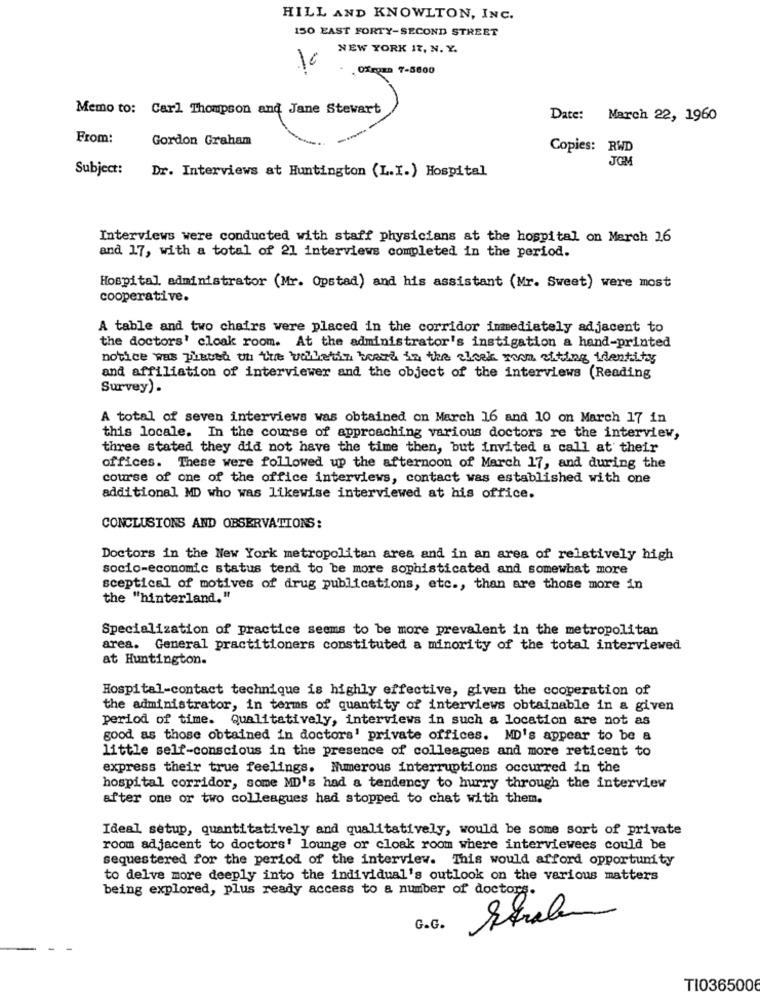
HILL AND KNOWLTON, INC.
150 EAST FORTY-SECOND STREET
NEW YORK 17, N. Y.
10
. OXFORD 7-5600
Memo to: Carl Thompson and Jane Stewart
Date: March 22, 1960
From:
Gordon Graham
Copies: RWD
Subject: Dr. Interviews at Huntington (L.I.) Hospital
Interviews were conducted with staff physicians at the hospital on March 16
and 17, with a total of 21 interviews completed in the period.
Hospital administrator (Mr. Opstad) and his assistant (Mr. Sweet) were most
cooperative.
A table and two chairs were placed in the corridor immediately adjacent to
the doctors' cloak room. At the administrator's instigation a hand-printed
notice was placed on the balletin board in the elcek room elting identity
and affiliation of interviewer and the object of the interviews (Reading
Survey).
A total of seven interviews was obtained on March 16 and 10 on March 17 in
this locale. In the course of approaching various doctors re the interview,
three stated they did not have the time then, but invited a call at their
offices. These were followed up the afternoon of March 17, and during the
course of one of the office interviews, contact was established with one
additional MD who was likewise interviewed at his office.
CONCLUSIONS AND OBSERVATIONS:
Doctors in the New York metropolitan area and in an area of relatively high
socio-economic status tend to be more sophisticated and somewhat more
sceptical of motives of drug publications, etc ., than are those more in
the "hinterland."
Specialization of practice seems to be more prevalent in the metropolitan
area. General practitioners constituted a minority of the total interviewed
at Huntington.
Hospital-contact technique is highly effective, given the cooperation of
the administrator, in terms of quantity of interviews obtainable in a given
period of time. Qualitatively, interviews in such a location are not as
good as those obtained in doctors' private offices. MD's appear to be a
little self-conscious in the presence of colleagues and more reticent to
express their true feelings. Numerous interruptions occurred in the
hospital corridor, some MD's had a tendency to hurry through the interview
after one or two colleagues had stopped to chat with them.
Ideal setup, quantitatively and qualitatively, would be some sort of private
room adjacent to doctors' lounge or cloak room where interviewees could be
sequestered for the period of the interview. This would afford opportunity
to delve more deeply into the individual's outlook on the various matters
being explored, plus ready access to a number of doctors.
Strabe
G.G.
TI0365006